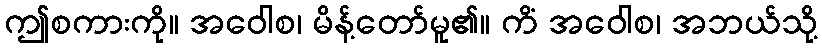
ဤစကားကို။ အဝေါစ၊ မိန့်တော်မူ၏။ ကိံ အဝေါစ၊ အဘယ်သို့